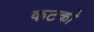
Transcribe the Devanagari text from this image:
कटको